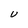
Character: U